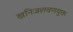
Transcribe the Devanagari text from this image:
खनिजलवणयुक्त